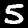
Digit: 5